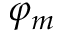
\varphi _ { m }